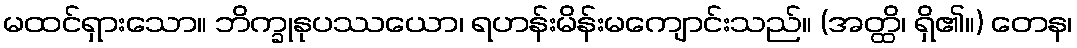
မထင်ရှားသော။ ဘိက္ခုနုပဿယော၊ ရဟန်းမိန်းမကျောင်းသည်။ (အတ္ထိ၊ ရှိ၏။) တေန၊